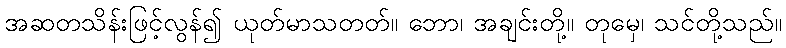
အဆတသိန်းဖြင့်လွန်၍ ယုတ်မာသတတ်။ ဘော၊ အချင်းတို့။ တုမှေ၊ သင်တို့သည်။